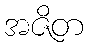
အဇိတ